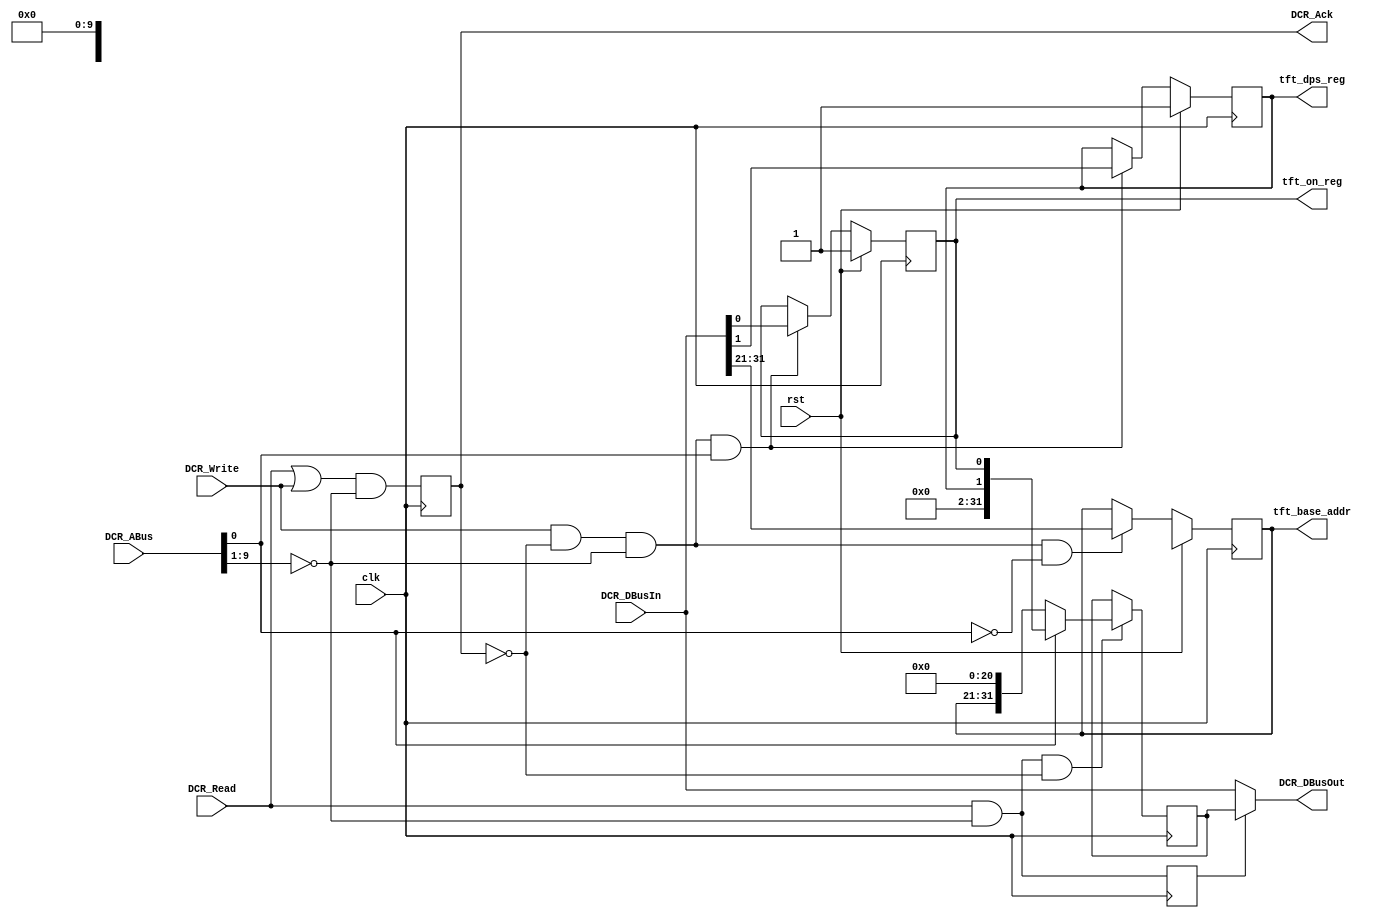
module dcr_if(
  // DCR BUS
  clk,           // I
  rst,           // I
  DCR_ABus,      // I [0:9]
  DCR_DBusIn,    // I [0:31]
  DCR_Read,      // I
  DCR_Write,     // I
  DCR_Ack,       // O
  DCR_DBusOut,   // O [0:31]
  // Registers
  tft_base_addr, // O [0:10]    
  tft_dps_reg,   // O
  tft_on_reg     // O
  );

///////////////////////////////////////////////////////////////////////////////
// Port Declarations
/////////////////////////////////////////////////////////////////////////////// 

  input         clk;
  input         rst;
  input  [0:9]  DCR_ABus;
  input  [0:31] DCR_DBusIn;
  input         DCR_Read;
  input         DCR_Write;
  output        DCR_Ack;
  output [0:31] DCR_DBusOut;
  output [0:10] tft_base_addr;
  output        tft_dps_reg;
  output        tft_on_reg;
  wire   [0:31] DCR_DBusOut;
  reg           DCR_Ack;

///////////////////////////////////////////////////////////////////////////////
// Parameter Declarations
///////////////////////////////////////////////////////////////////////////////

  parameter C_DCR_BASE_ADDR = 10'b00_0000_0000;
  parameter C_DEFAULT_TFT_BASE_ADDR = 31'b0000_0000_0000_0000_0000_0000_0000_0000;
  parameter C_DPS_INIT = 1'b1;
  parameter C_ON_INIT = 1'b1;

///////////////////////////////////////////////////////////////////////////////
// Signal Declaration
///////////////////////////////////////////////////////////////////////////////

  wire        dcr_addr_hit;
  wire [0:9]  dcr_base_addr;
  reg         dcr_read_access;
  reg  [0:31] read_data;
  reg  [0:10] tft_base_addr;
  reg         tft_dps_reg;
  reg         tft_on_reg;

///////////////////////////////////////////////////////////////////////////////
// DCR Register Interface 
///////////////////////////////////////////////////////////////////////////////

  assign dcr_base_addr = C_DCR_BASE_ADDR;
  assign dcr_addr_hit  = (DCR_ABus[0:8] == dcr_base_addr[0:8]);

  always @(posedge clk)
  begin
    dcr_read_access <=  DCR_Read              & dcr_addr_hit;
    DCR_Ack         <= (DCR_Read | DCR_Write) & dcr_addr_hit;
  end

  always @(posedge clk)
    if (rst)
      tft_base_addr <= C_DEFAULT_TFT_BASE_ADDR[31:21]; 
    else if (DCR_Write & ~DCR_Ack & dcr_addr_hit & (DCR_ABus[9] == 1'b0))
      tft_base_addr <= DCR_DBusIn[0:10];

  always @(posedge clk)
    if (rst) begin
      tft_dps_reg <= C_DPS_INIT;
      tft_on_reg  <= C_ON_INIT;
    end
    else if (DCR_Write & ~DCR_Ack & dcr_addr_hit & (DCR_ABus[9] == 1'b1)) begin
      tft_dps_reg <= DCR_DBusIn[30];
      tft_on_reg  <= DCR_DBusIn[31];
    end

  always @(posedge clk)
    if (DCR_Read & dcr_addr_hit & ~DCR_Ack)
      read_data <= (DCR_ABus[9] == 1'b0)? {tft_base_addr, 21'b0} :
                                          {30'b0, tft_dps_reg, tft_on_reg};

  assign DCR_DBusOut = (dcr_read_access)? read_data : DCR_DBusIn;

endmodule